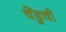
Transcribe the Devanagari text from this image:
चेंडुची